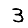
Digit: 3